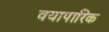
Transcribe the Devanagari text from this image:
वयापारिक